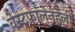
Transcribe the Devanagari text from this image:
वेस्टफालेनहेली